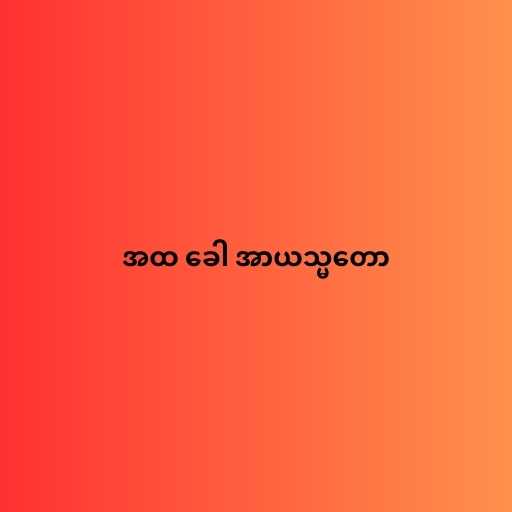
အထ ခေါ အာယသ္မတော